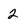
Character: 2